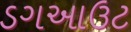
ડગઆઉટ